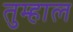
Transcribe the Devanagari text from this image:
तुम्हाल